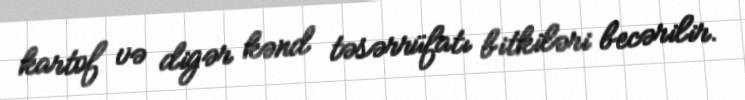
kartof və digər kənd təsərrüfatı bitkiləri becərilir.